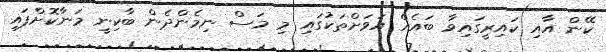
ކޭން އާއި ކައިރީގައިވާ ބައެއް އަވަށްތަކުގައި މި މަސް ނިމެންދެން ބާކިނީ މަނާކޮށްފައި